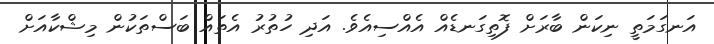
އަނގަމަތީ ނިކަން ބާރަށް ފޮތިގަނޑެއް އެއްސިއެވެ. އަދި ހުތުރު އެތައް ބަސްތަކުން މިޝްކާއަށް